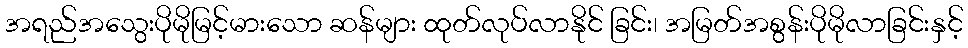
အရည်အသွေးပိုမိုမြင့်မားသော ဆန်များ ထုတ်လုပ်လာနိုင် ခြင်း၊ အမြတ်အစွန်းပိုမိုလာခြင်းနှင့်